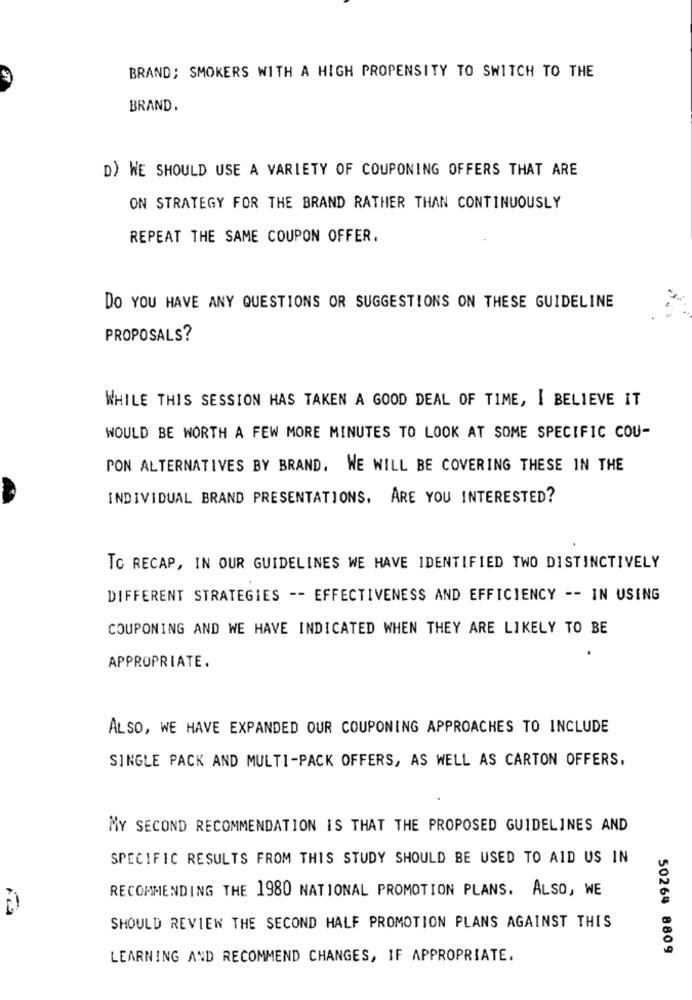
BRAND; SMOKERS WITH A HIGH PROPENSITY TO SWITCH TO THE
BRAND.
D) WE SHOULD USE A VARIETY OF COUPONING OFFERS THAT ARE
ON STRATEGY FOR THE BRAND RATHER THAN CONTINUOUSLY
REPEAT THE SAME COUPON OFFER.
DO YOU HAVE ANY QUESTIONS OR SUGGESTIONS ON THESE GUIDELINE
PROPOSALS?
WHILE THIS SESSION HAS TAKEN A GOOD DEAL OF TIME, I BELIEVE IT
WOULD BE WORTH A FEW MORE MINUTES TO LOOK AT SOME SPECIFIC COU-
PON ALTERNATIVES BY BRAND. WE WILL BE COVERING THESE IN THE
INDIVIDUAL BRAND PRESENTATIONS, ARE YOU INTERESTED?
TC RECAP, IN OUR GUIDELINES WE HAVE IDENTIFIED TWO DISTINCTIVELY
DIFFERENT STRATEGIES -- EFFECTIVENESS AND EFFICIENCY -- IN USING
COUPONING AND WE HAVE INDICATED WHEN THEY ARE LIKELY TO BE
APPROPRIATE.
ALSO, WE HAVE EXPANDED OUR COUPONING APPROACHES TO INCLUDE
SINGLE PACK AND MULTI-PACK OFFERS, AS WELL AS CARTON OFFERS,
MY SECOND RECOMMENDATION IS THAT THE PROPOSED GUIDELINES AND
SPECIFIC RESULTS FROM THIS STUDY SHOULD BE USED TO AID US IN
RECOMMENDING THE 1980 NATIONAL PROMOTION PLANS. ALSO, WE
SHOULD REVIEW THE SECOND HALF PROMOTION PLANS AGAINST THIS
50264 8809
LEARNING AND RECOMMEND CHANGES, IF APPROPRIATE.